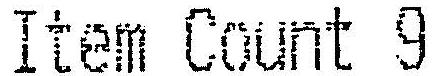
ITEM COUNT 9